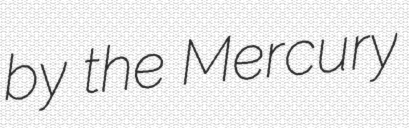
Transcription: by the Mercury